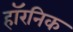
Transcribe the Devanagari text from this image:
हॉरनिक